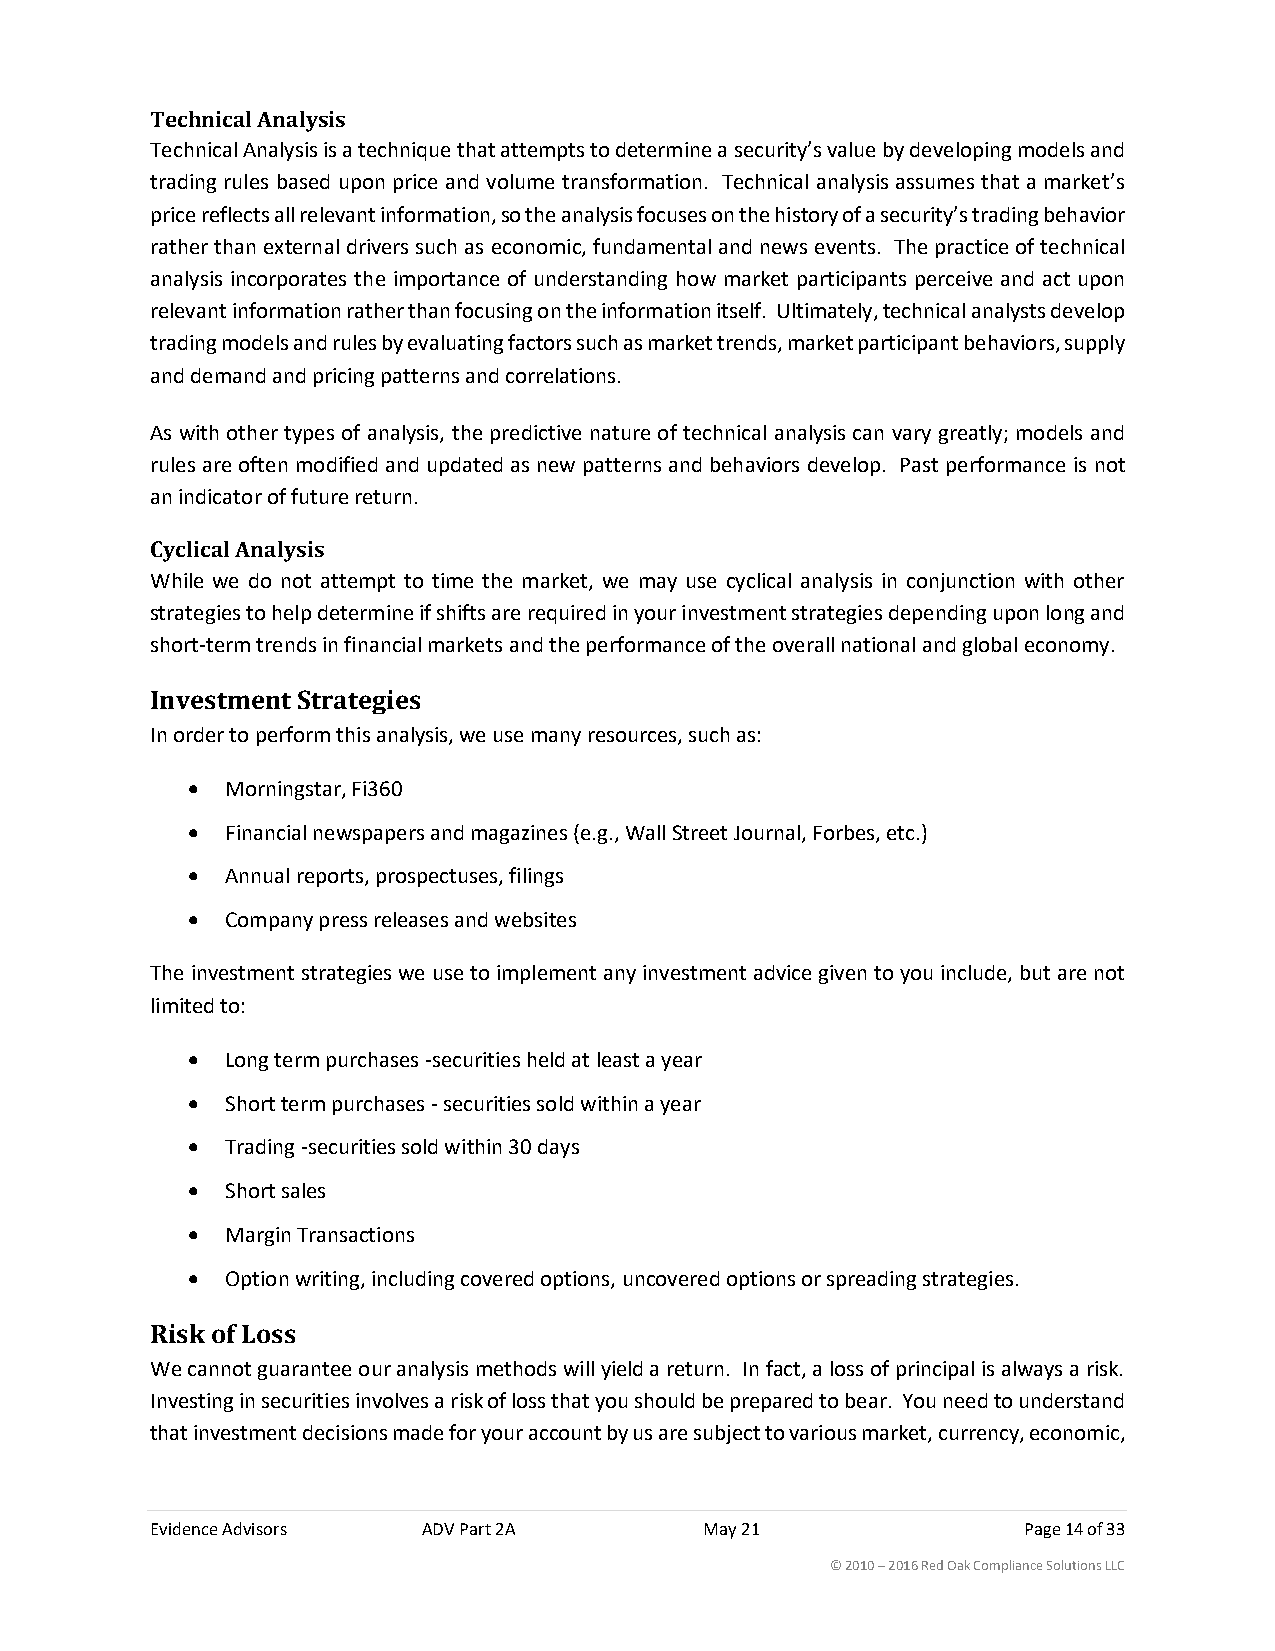
Technical Analysis
 Technical Analysis is a technique that attempts to determine a security’s value by developing models and
 trading rules based upon price and volume transformation. Technical analysis assumes that a market’s
 price reflects all relevant information, so the analysis focuses on the history of a security’s trading behavior
 rather than external drivers such as economic, fundamental and news events. The practice of technical
 analysis incorporates the importance of understanding how market participants perceive and act upon
 relevant information rather than focusing on the information itself. Ultimately, technical analysts develop
 trading models and rules by evaluating factors such as market trends, market participant behaviors, supply
 and demand and pricing patterns and correlations.
 As with other types of analysis, the predictive nature of technical analysis can vary greatly; models and
 rules are often modified and updated as new patterns and behaviors develop. Past performance is not
 an indicator of future return.
 Cyclical Analysis
 While we do not attempt to time the market, we may use cyclical analysis in conjunction with other
 strategies to help determine if shifts are required in your investment strategies depending upon long and
 short-term trends in financial markets and the performance of the overall national and global economy.
 Investment Strategies
 In order to perform this analysis, we use many resources, such as:
 •  Morningstar, Fi360
 •  Financial newspapers and magazines (e.g., Wall Street Journal, Forbes, etc.)
 •  Annual reports, prospectuses, filings
 •  Company press releases and websites
 The investment strategies we use to implement any investment advice given to you include, but are not
 limited to:
 •  Long term purchases -securities held at least a year
 •  Short term purchases - securities sold within a year
 •  Trading -securities sold within 30 days
 •  Short sales
 •  Margin Transactions
 •  Option writing, including covered options, uncovered options or spreading strategies.
 Risk of Loss
 We cannot guarantee our analysis methods will yield a return. In fact, a loss of principal is always a risk.
 Investing in securities involves a risk of loss that you should be prepared to bear. You need to understand
 that investment decisions made for your account by us are subject to various market, currency, economic,
 Evidence Advisors ADV Part 2A        May 21               Page 14 of 33
 © 2010 – 2016 Red Oak Compliance Solutions LLC